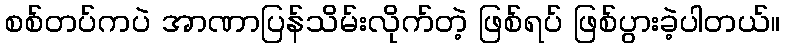
စစ်တပ်ကပဲ အာဏာပြန်သိမ်းလိုက်တဲ့ ဖြစ်ရပ် ဖြစ်ပွားခဲ့ပါတယ်။